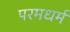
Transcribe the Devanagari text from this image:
परमधर्म